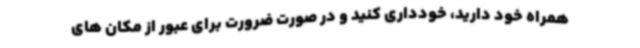
همراه خود دارید، خودداری کنید و در صورت ضرورت برای عبور از مکان های